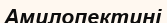
Амилопектині